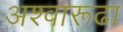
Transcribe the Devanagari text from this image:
अश्वारूढा